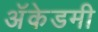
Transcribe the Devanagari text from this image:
अॅकेडमी